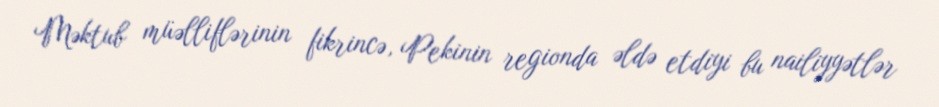
Məktub müəlliflərinin fikrincə, Pekinin regionda əldə etdiyi bu nailiyyətlər